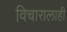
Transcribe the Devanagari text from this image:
विचारालाही